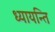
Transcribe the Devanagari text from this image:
ध्यायन्ति